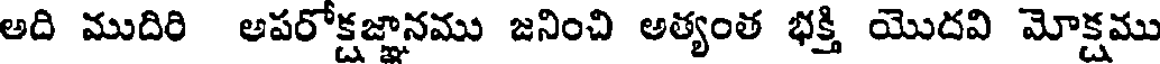
అది ముదిరి అపరోక్షజ్ఞానము జనించి అత్యంత భక్తి యొదవి మోక్షము